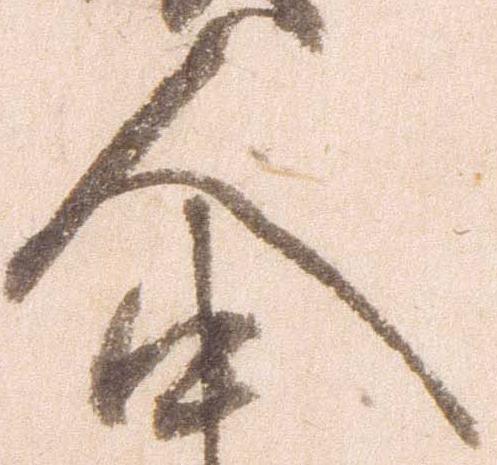
人